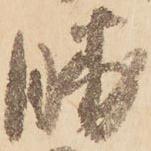
勝